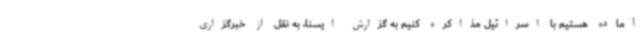
آماده هستیم با اسرائیل مذاکره کنیم به گزارش ایسنا، به نقل از خبرگزاری